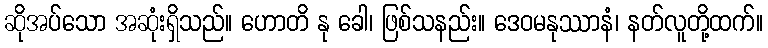
ဆိုအပ်သော အဆုံးရှိသည်။ ဟောတိ နု ခေါ၊ ဖြစ်သနည်း။ ဒေဝမနုဿာနံ၊ နတ်လူတို့ထက်။